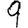
Digit: 9